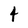
Character: 4